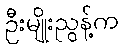
ဦးမျိုးညွန့်က